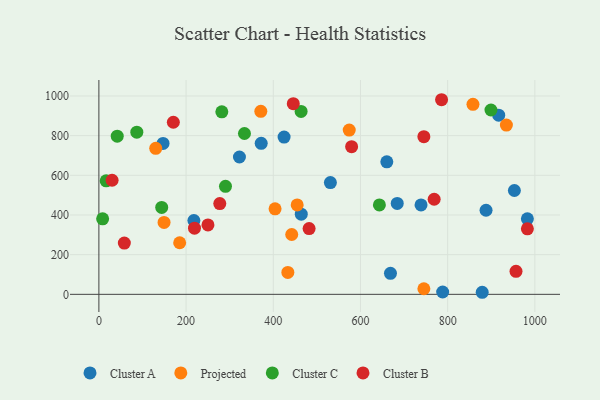
{"axis": {"x": "Study Hours", "y": "Yield"}, "legend": ["Cluster A", "Cluster B", "Cluster C", "Projected"], "data": [{"x": "953.0", "y": 523.3, "type": "Cluster A"}, {"x": "372.3", "y": 761.4, "type": "Cluster A"}, {"x": "917.0", "y": 902.9, "type": "Cluster A"}, {"x": "464.2", "y": 404.0, "type": "Cluster A"}, {"x": "531.0", "y": 563.3, "type": "Cluster A"}, {"x": "888.0", "y": 423.9, "type": "Cluster A"}, {"x": "684.3", "y": 458.1, "type": "Cluster A"}, {"x": "424.8", "y": 792.9, "type": "Cluster A"}, {"x": "982.8", "y": 380.6, "type": "Cluster A"}, {"x": "738.9", "y": 450.9, "type": "Cluster A"}, {"x": "788.5", "y": 11.7, "type": "Cluster A"}, {"x": "217.9", "y": 372.2, "type": "Cluster A"}, {"x": "147.2", "y": 760.7, "type": "Cluster A"}, {"x": "660.4", "y": 668.0, "type": "Cluster A"}, {"x": "322.4", "y": 692.2, "type": "Cluster A"}, {"x": "879.2", "y": 10.4, "type": "Cluster A"}, {"x": "668.8", "y": 105.9, "type": "Cluster A"}, {"x": "745.4", "y": 28.2, "type": "Projected"}, {"x": "130.4", "y": 736.1, "type": "Projected"}, {"x": "454.8", "y": 450.5, "type": "Projected"}, {"x": "149.5", "y": 362.5, "type": "Projected"}, {"x": "574.2", "y": 828.0, "type": "Projected"}, {"x": "433.4", "y": 110.5, "type": "Projected"}, {"x": "404.1", "y": 431.0, "type": "Projected"}, {"x": "442.3", "y": 301.6, "type": "Projected"}, {"x": "858.0", "y": 957.9, "type": "Projected"}, {"x": "371.4", "y": 922.4, "type": "Projected"}, {"x": "934.7", "y": 853.0, "type": "Projected"}, {"x": "185.3", "y": 260.0, "type": "Projected"}, {"x": "8.6", "y": 380.7, "type": "Cluster C"}, {"x": "643.4", "y": 450.8, "type": "Cluster C"}, {"x": "899.3", "y": 929.2, "type": "Cluster C"}, {"x": "463.8", "y": 922.0, "type": "Cluster C"}, {"x": "333.9", "y": 810.8, "type": "Cluster C"}, {"x": "16.7", "y": 572.0, "type": "Cluster C"}, {"x": "42.1", "y": 797.2, "type": "Cluster C"}, {"x": "282.0", "y": 919.9, "type": "Cluster C"}, {"x": "87.0", "y": 817.6, "type": "Cluster C"}, {"x": "290.4", "y": 544.5, "type": "Cluster C"}, {"x": "144.1", "y": 437.9, "type": "Cluster C"}, {"x": "956.7", "y": 116.1, "type": "Cluster B"}, {"x": "786.0", "y": 981.0, "type": "Cluster B"}, {"x": "579.7", "y": 744.1, "type": "Cluster B"}, {"x": "277.3", "y": 457.5, "type": "Cluster B"}, {"x": "170.8", "y": 867.5, "type": "Cluster B"}, {"x": "769.0", "y": 479.2, "type": "Cluster B"}, {"x": "58.4", "y": 258.2, "type": "Cluster B"}, {"x": "982.8", "y": 330.4, "type": "Cluster B"}, {"x": "250.2", "y": 350.0, "type": "Cluster B"}, {"x": "445.9", "y": 960.9, "type": "Cluster B"}, {"x": "482.2", "y": 331.3, "type": "Cluster B"}, {"x": "219.3", "y": 333.3, "type": "Cluster B"}, {"x": "30.3", "y": 575.2, "type": "Cluster B"}, {"x": "745.4", "y": 794.6, "type": "Cluster B"}]}